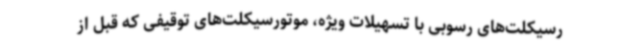
رسیکلت‌های رسوبی با تسهیلات ویژه، موتورسیکلت‌های توقیفی که قبل از